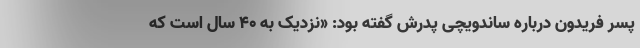
پسر فریدون درباره ساندویچی پدرش گفته بود: «نزدیک به ۴۰ سال است که